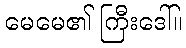
မေမေ၏ ကြီးဒေါ်။